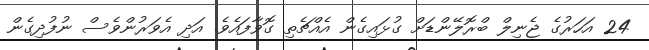
24 އަހަރުގެ ޖެނިލް ބްރޮލޭންޑަށް ގުޅައިގެން އެއްޗެތި ގޮވާފައެވެ. އަދި އެވަރުންވެސް ނުފުދިގެން